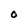
Character: O